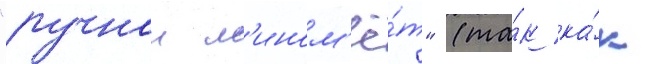
"ручнои м'ином'ё́т" (та́к ка́к